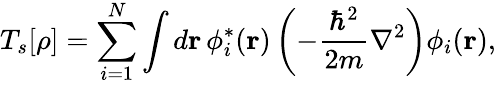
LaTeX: T_{s}[\rho]=\sum_{i=1}^{N}\int d\mathbf{r}\, \phi_{i}^{*}(\mathbf{r})\left(-{\frac{\hbar^{2}}{2m}}\nabla^{2}\right)\phi_{i}(\mathbf{r}),